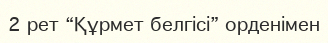
2 рет “Құрмет белгісі” орденімен